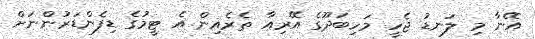
އޭނާ މި ލަނޑު ޖެހީ މަހިބަދޫގެ އޭރިއާ ތެރެއިން އެ ޓީމުގެ ޑިފެންޑަރުންނަށް